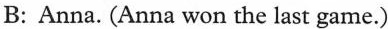
B: Anna. (Anna won the last game.)